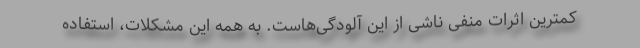
کمترین اثرات منفی ناشی از این آلودگی‌هاست. به همه این مشکلات، استفاده